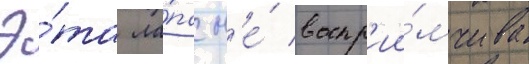
Э́та ла́па н'е́ воспр'ии́мчива